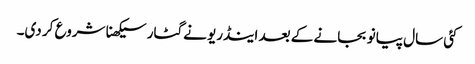
کئی سال پیانو بجانے کے بعد اینڈریو نے گٹار سیکھنا شروع کر دی۔